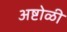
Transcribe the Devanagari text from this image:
अष्टोळी